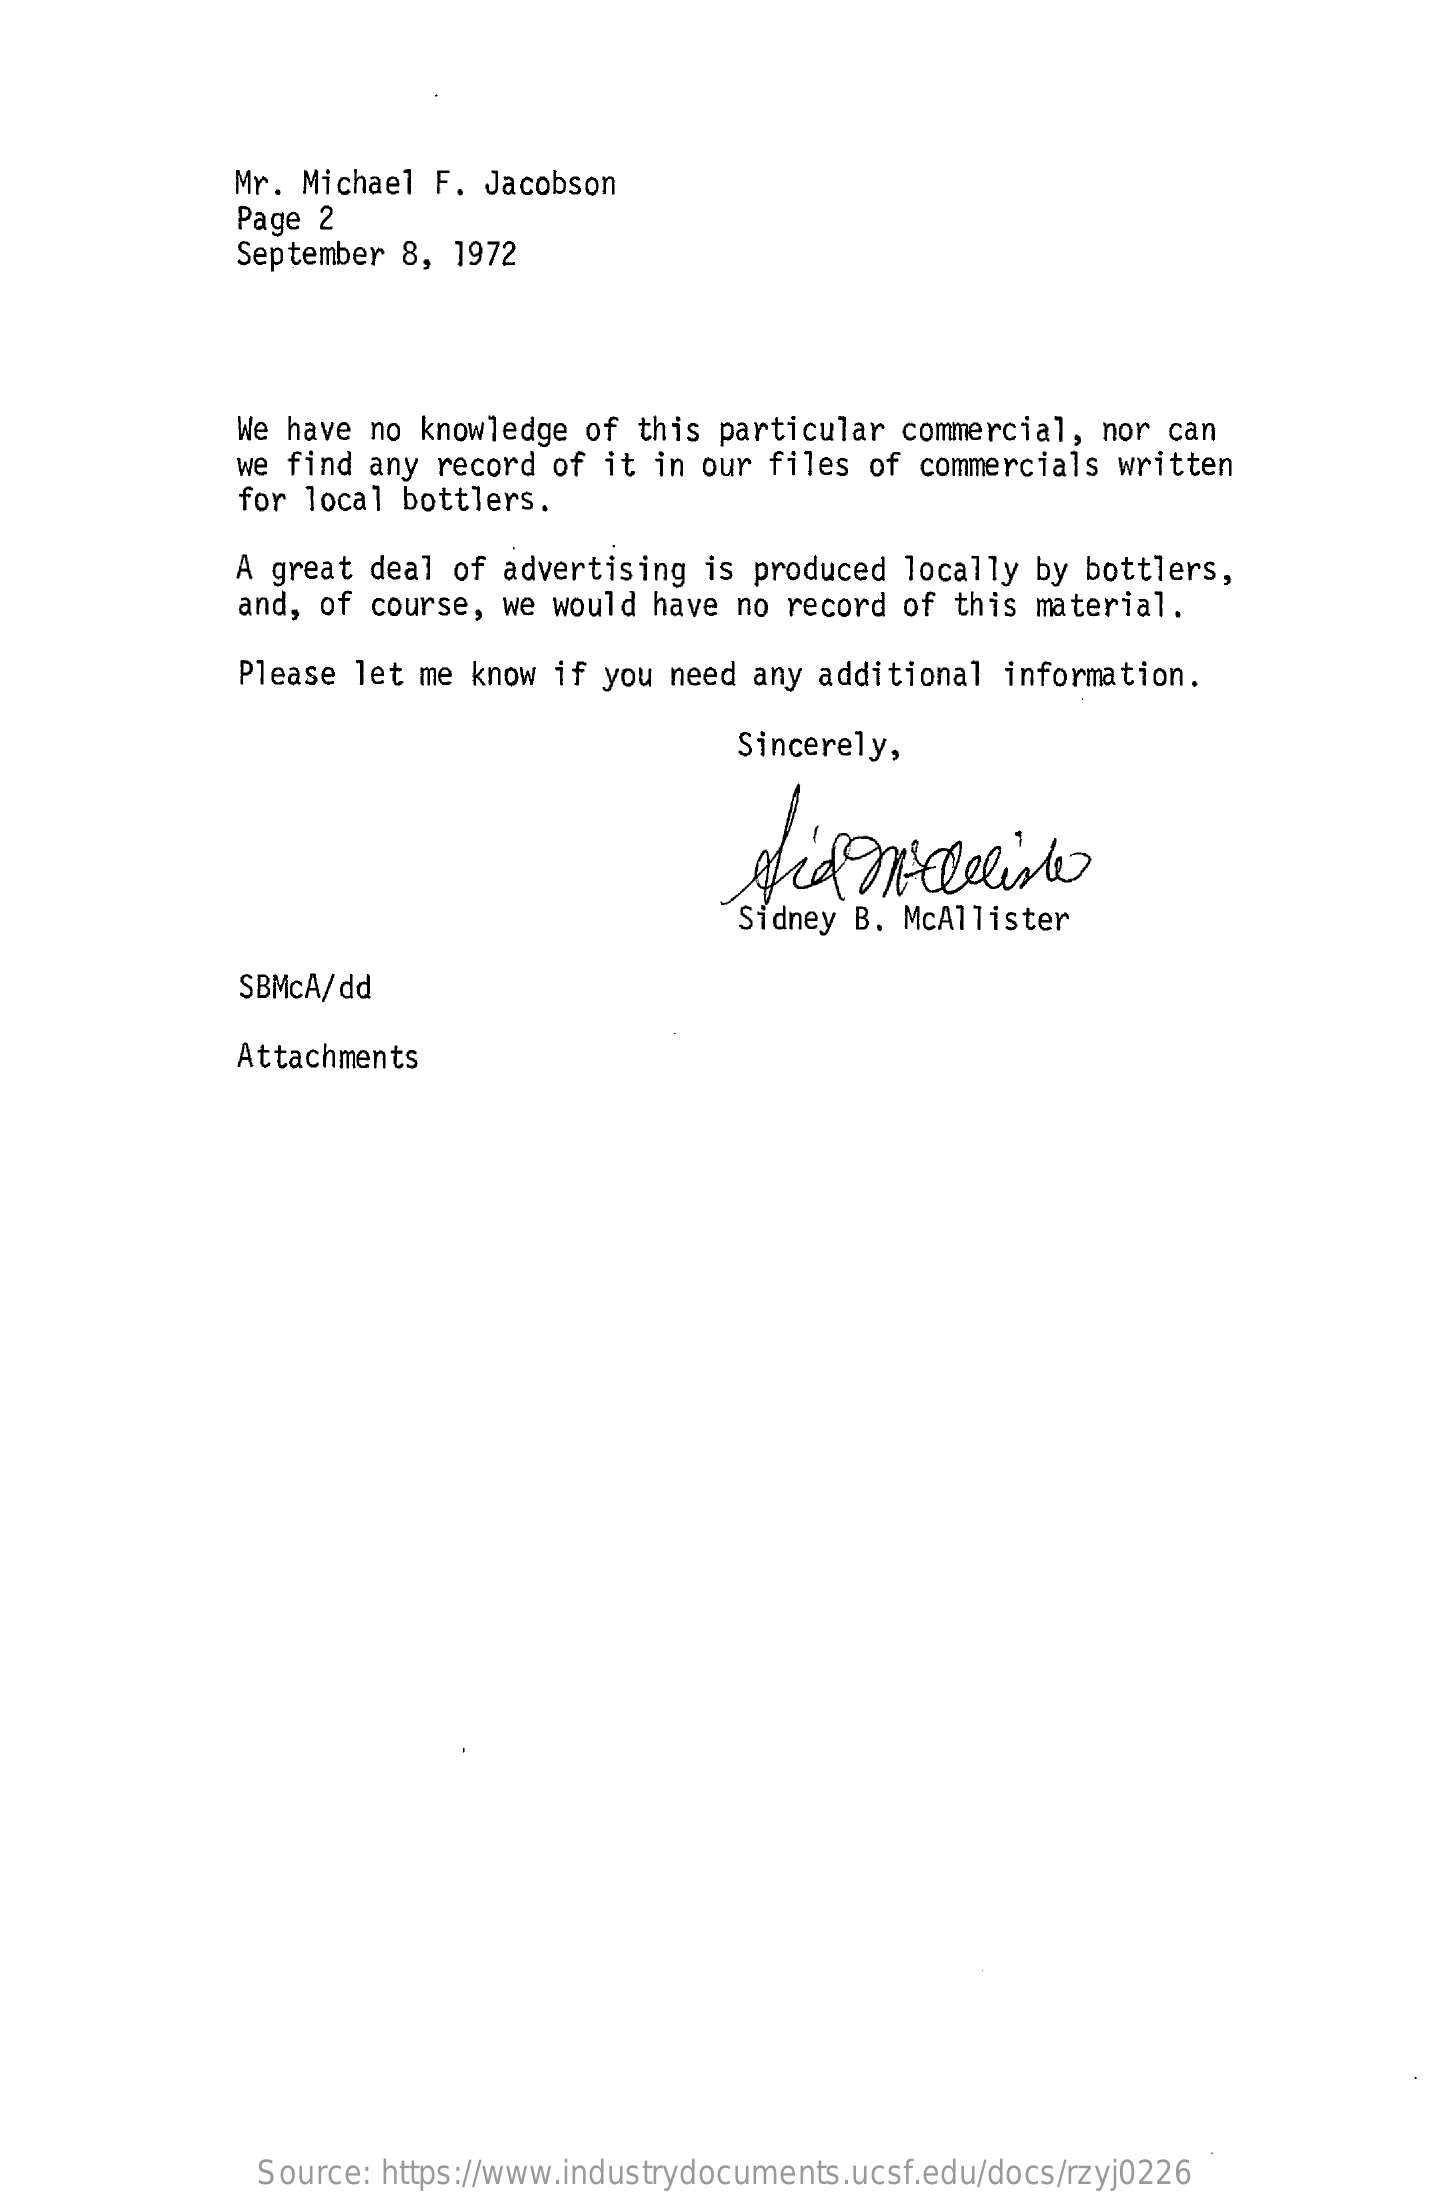
Mr. Michael F.  Jacobson
     Page 2
     September 8,  1972
     We have no  knowledge of this  particular commercial,  nor can
     we find any  record of it in our  files of commercials  written
     for local bottlers.
     A great deal  of advertising  is produced locally by  bottlers,
     and, of course,  we would have no  record of this material.
     Please let me  know if you need  any additional  information.
     Sincerely,
     Sidney B. McAllister
     SBMcA/dd
     Attachments
     Source: https://www.industrydocuments.ucsf.edu/docs/rzyj0226